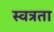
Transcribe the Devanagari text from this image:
स्वत्रता